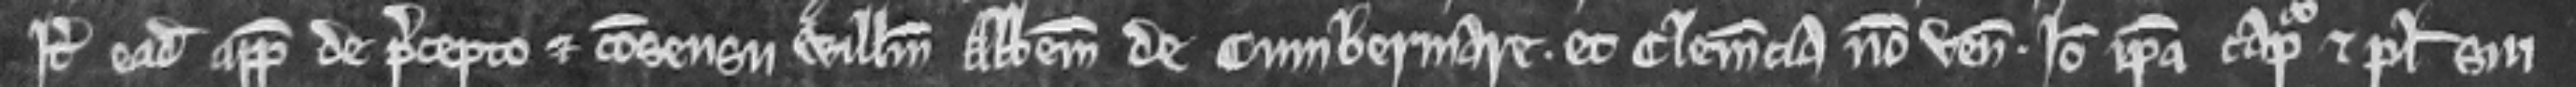
Item eadem appellavit de precepto et consensu Willelmum Abbatem de Cumbermare. Et Clemencia non venit. Ideo ipsa capiatur et plegii sui